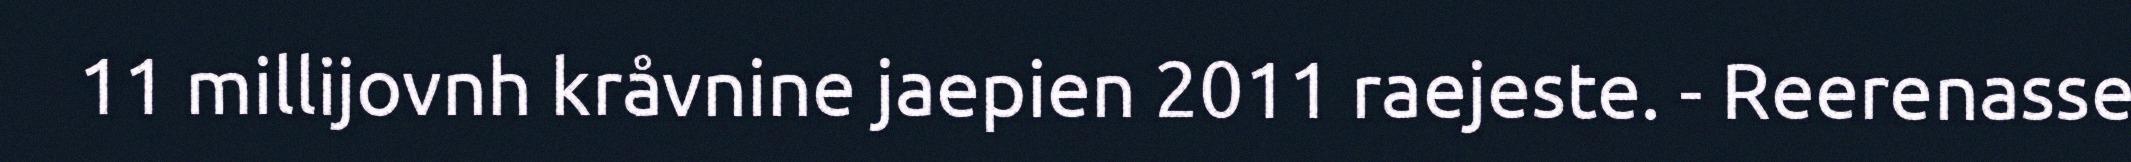
11 millijovnh kråvnine jaepien 2011 raejeste. - Reerenasse